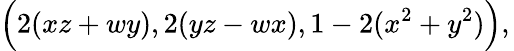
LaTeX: {\Big(}2(xz+wy),2(yz-wx),1-2(x^{2}+y^{2}){\Big)},\,